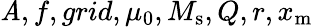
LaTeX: \mathit{A},f,grid,\mu_{0},M_{\mathrm{{s}}},Q,r,x_{\mathrm{{m}}}